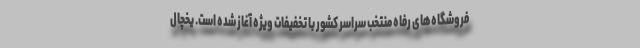
فروشگاه‌های رفاه منتخب سراسر کشور با تخفیفات ویژه آغاز شده است. یخچال